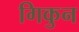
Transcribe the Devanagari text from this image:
गिकुन